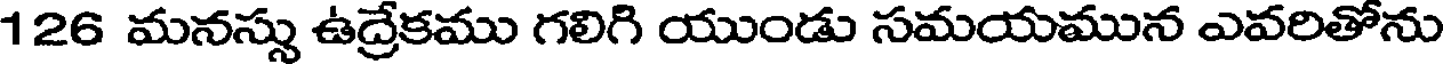
126 మనస్సు ఉద్రేకము గలిగి యుండు సమయమున ఎవరితోను